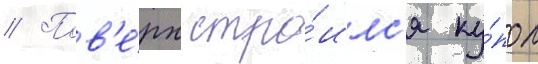
// Пов'е́рх стро́илс'я ку́пол